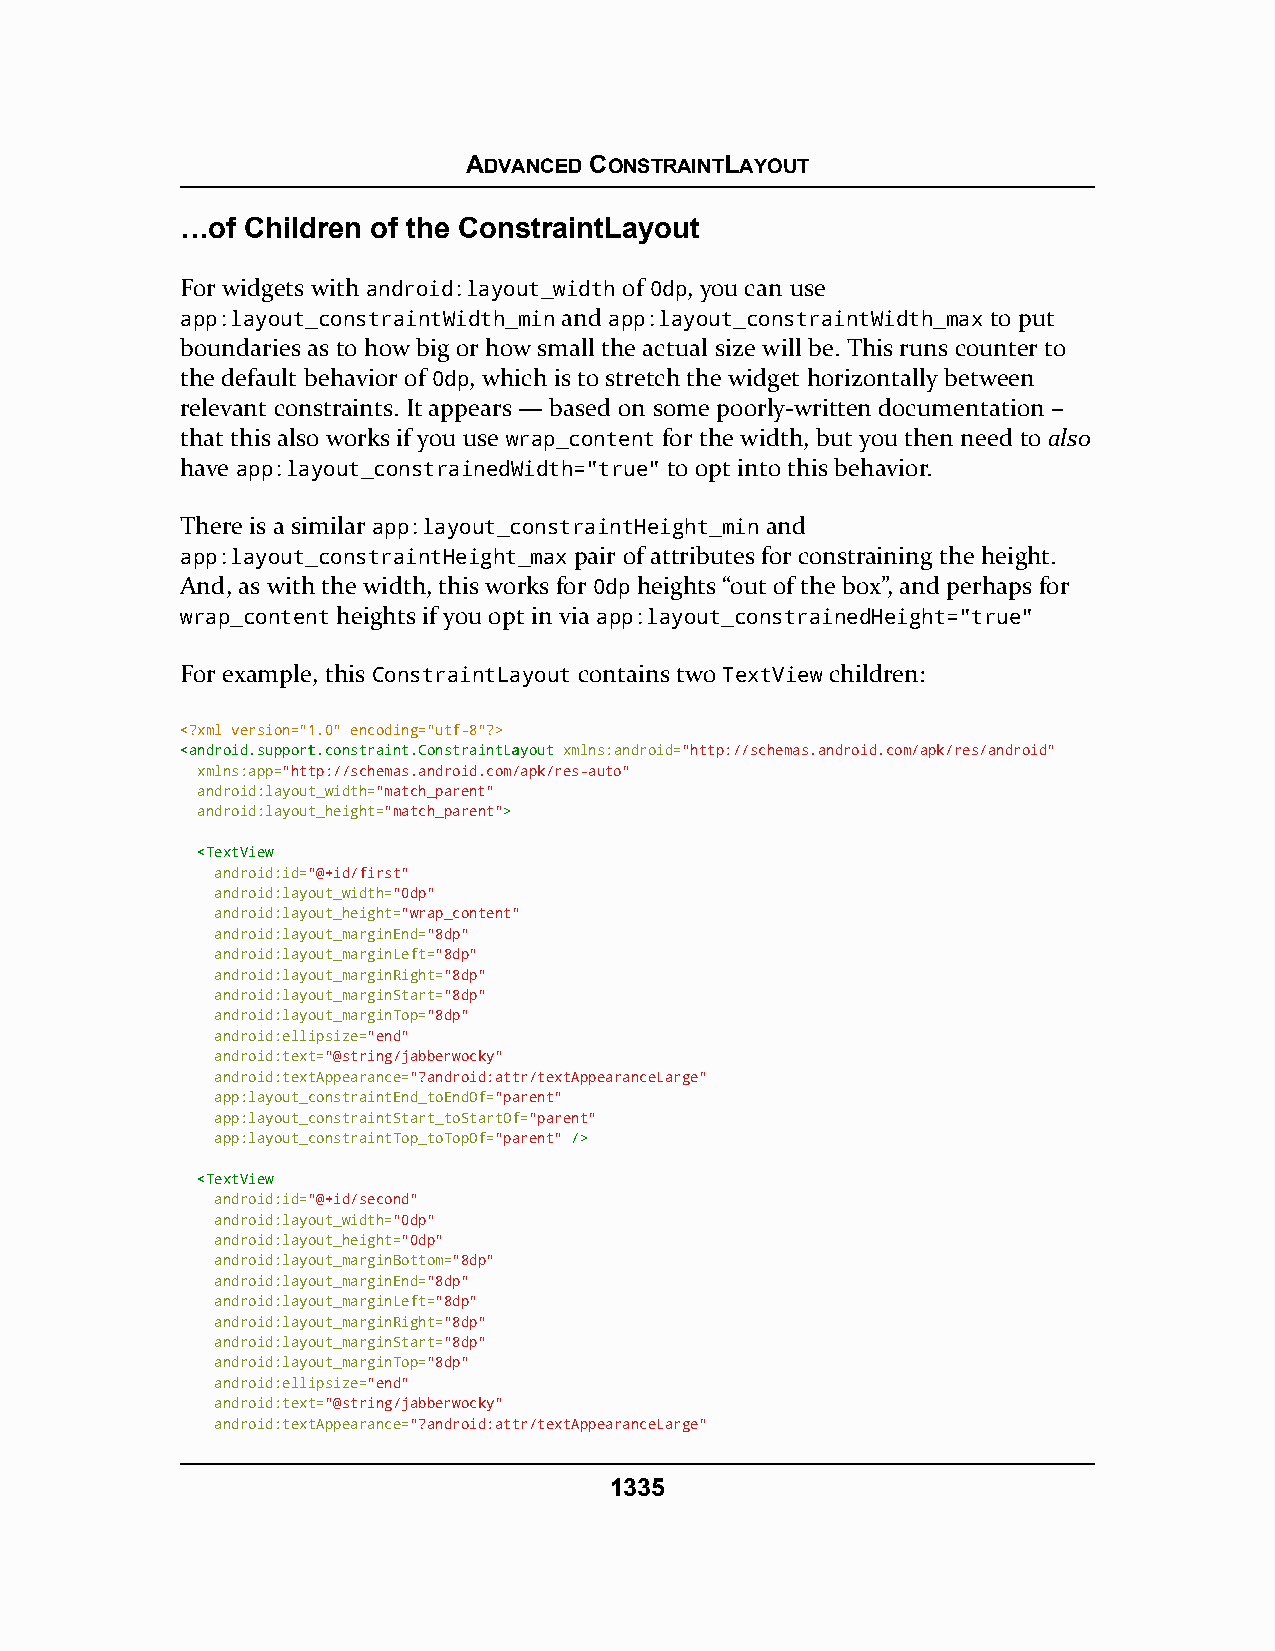
ADVANCED CONSTRAINTLAYOUT
 …of Children of the ConstraintLayout
 For widgets with android:layout_width of 0dp, you can use
 app:layout_constraintWidth_min and app:layout_constraintWidth_max to put
 boundaries as to how big or how small the actual size will be. This runs counter to
 the default behavior of 0dp, which is to stretch the widget horizontally between
 relevant constraints. It appears — based on some poorly-written documentation –
 that this also works if you use wrap_content for the width, but you then need to also
 have app:layout_constrainedWidth="true" to opt into this behavior.
 There is a similar app:layout_constraintHeight_min and
 app:layout_constraintHeight_max pair of attributes for constraining the height.
 And, as with the width, this works for 0dp heights “out of the box”, and perhaps for
 wrap_content heights if you opt in via app:layout_constrainedHeight="true"
 For example, this ConstraintLayout contains two TextView children:
 <?xml version="1.0" encoding="utf-8"?>
 <<aannddrrooiidd..ssuuppppoorrtt..ccoonnssttrraaiinntt..CCoonnssttrraaiinnttLLaayyoouutt xmlns:android="http://schemas.android.com/apk/res/android"
 xmlns:app="http://schemas.android.com/apk/res-auto"
 android:layout_width="match_parent"
 android:layout_height="match_parent">>
 <<TTeexxttVViieeww
 android:id="@+id/first"
 android:layout_width="0dp"
 android:layout_height="wrap_content"
 android:layout_marginEnd="8dp"
 android:layout_marginLeft="8dp"
 android:layout_marginRight="8dp"
 android:layout_marginStart="8dp"
 android:layout_marginTop="8dp"
 android:ellipsize="end"
 android:text="@string/jabberwocky"
 android:textAppearance="?android:attr/textAppearanceLarge"
 app:layout_constraintEnd_toEndOf="parent"
 app:layout_constraintStart_toStartOf="parent"
 app:layout_constraintTop_toTopOf="parent" //>>
 <<TTeexxttVViieeww
 android:id="@+id/second"
 android:layout_width="0dp"
 android:layout_height="0dp"
 android:layout_marginBottom="8dp"
 android:layout_marginEnd="8dp"
 android:layout_marginLeft="8dp"
 android:layout_marginRight="8dp"
 android:layout_marginStart="8dp"
 android:layout_marginTop="8dp"
 android:ellipsize="end"
 android:text="@string/jabberwocky"
 android:textAppearance="?android:attr/textAppearanceLarge"
 1335